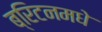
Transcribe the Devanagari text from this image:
ब्रिटनमधे